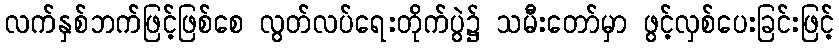
လက်နှစ်ဘက်ဖြင့်ဖြစ်စေ လွတ်လပ်ရေးတိုက်ပွဲ၌ သမီးတော်မှာ ဖွင့်လှစ်ပေးခြင်းဖြင့်